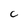
Character: C